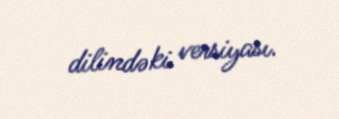
dilindəki versiyası.